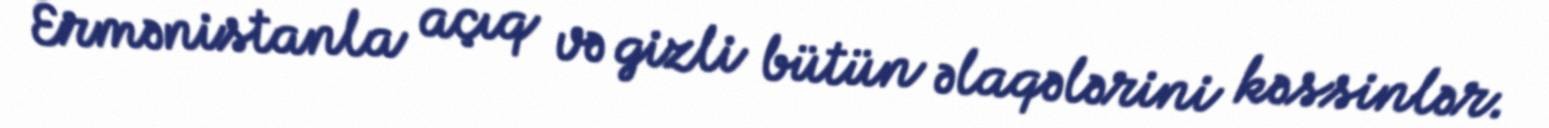
Ermənistanla açıq və gizli bütün əlaqələrini kəssinlər.